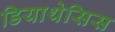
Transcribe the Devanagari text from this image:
डियाथेसिस